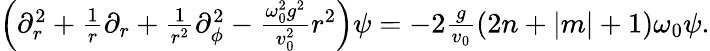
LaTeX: \begin{array}{r}{\left(\partial_{r}^{2}+\frac{1}{r}\partial_{r}+\frac{1}{r^{2}}\partial_{\phi}^{2}-\frac{\omega_{0}^{2}g^{2}}{v_{0}^{2}}r^{2}\right)\psi=-2\frac{g}{v_{0}}(2n+|m|+1)\omega_{0}\psi.}\end{array}